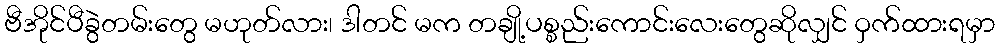
ဗီအိုင်ပီခွဲတမ်းတွေ မဟုတ်လား၊ ဒါတင် မက တချို့ပစ္စည်းကောင်းလေးတွေဆိုလျှင် ဝှက်ထားရမှာ